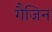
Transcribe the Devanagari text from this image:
गैजिन